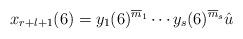
LaTeX: \begin{align*}x_{r+l+1}(6)=y_1(6)^{\overline m_1}\cdots y_s(6)^{\overline m_s}\hat u\end{align*}